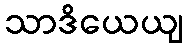
သာဒိယေယျ